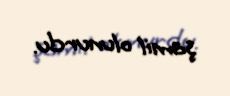
şamil olunurdu.